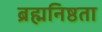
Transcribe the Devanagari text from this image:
ब्रह्मनिष्ठता